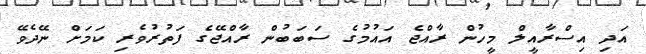
އަދި އިސްރާއީލް މީހުން ރާއްޖެ އައުމުގެ ސަބަބުން ރާއްޖޭގެ ފަތުރުވެރި ކަމަށް ނޭދެވޭ